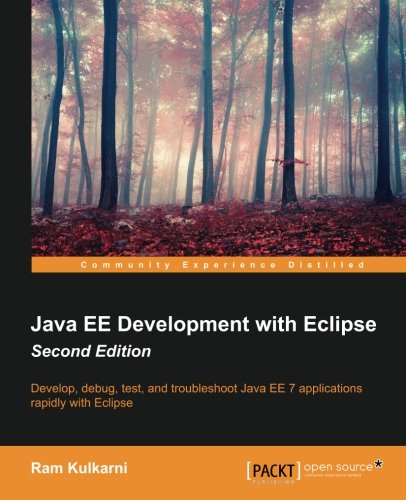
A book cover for Java EE Development with Eclipse - Second Edition; Ram Kulkarni; Computers & Technology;